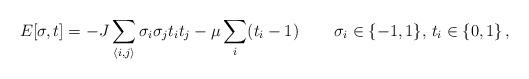
LaTeX: \begin{align*}E[\sigma,t]=-J\sum_{\langle i,j\rangle}\sigma_{i}\sigma_{j}t_{i}t_{j}-\mu\sum_{i}(t_{i}-1) \, \qquad\sigma_{i}\in\{-1,1\},\,t_{i}\in\{0,1\} \,,\end{align*}